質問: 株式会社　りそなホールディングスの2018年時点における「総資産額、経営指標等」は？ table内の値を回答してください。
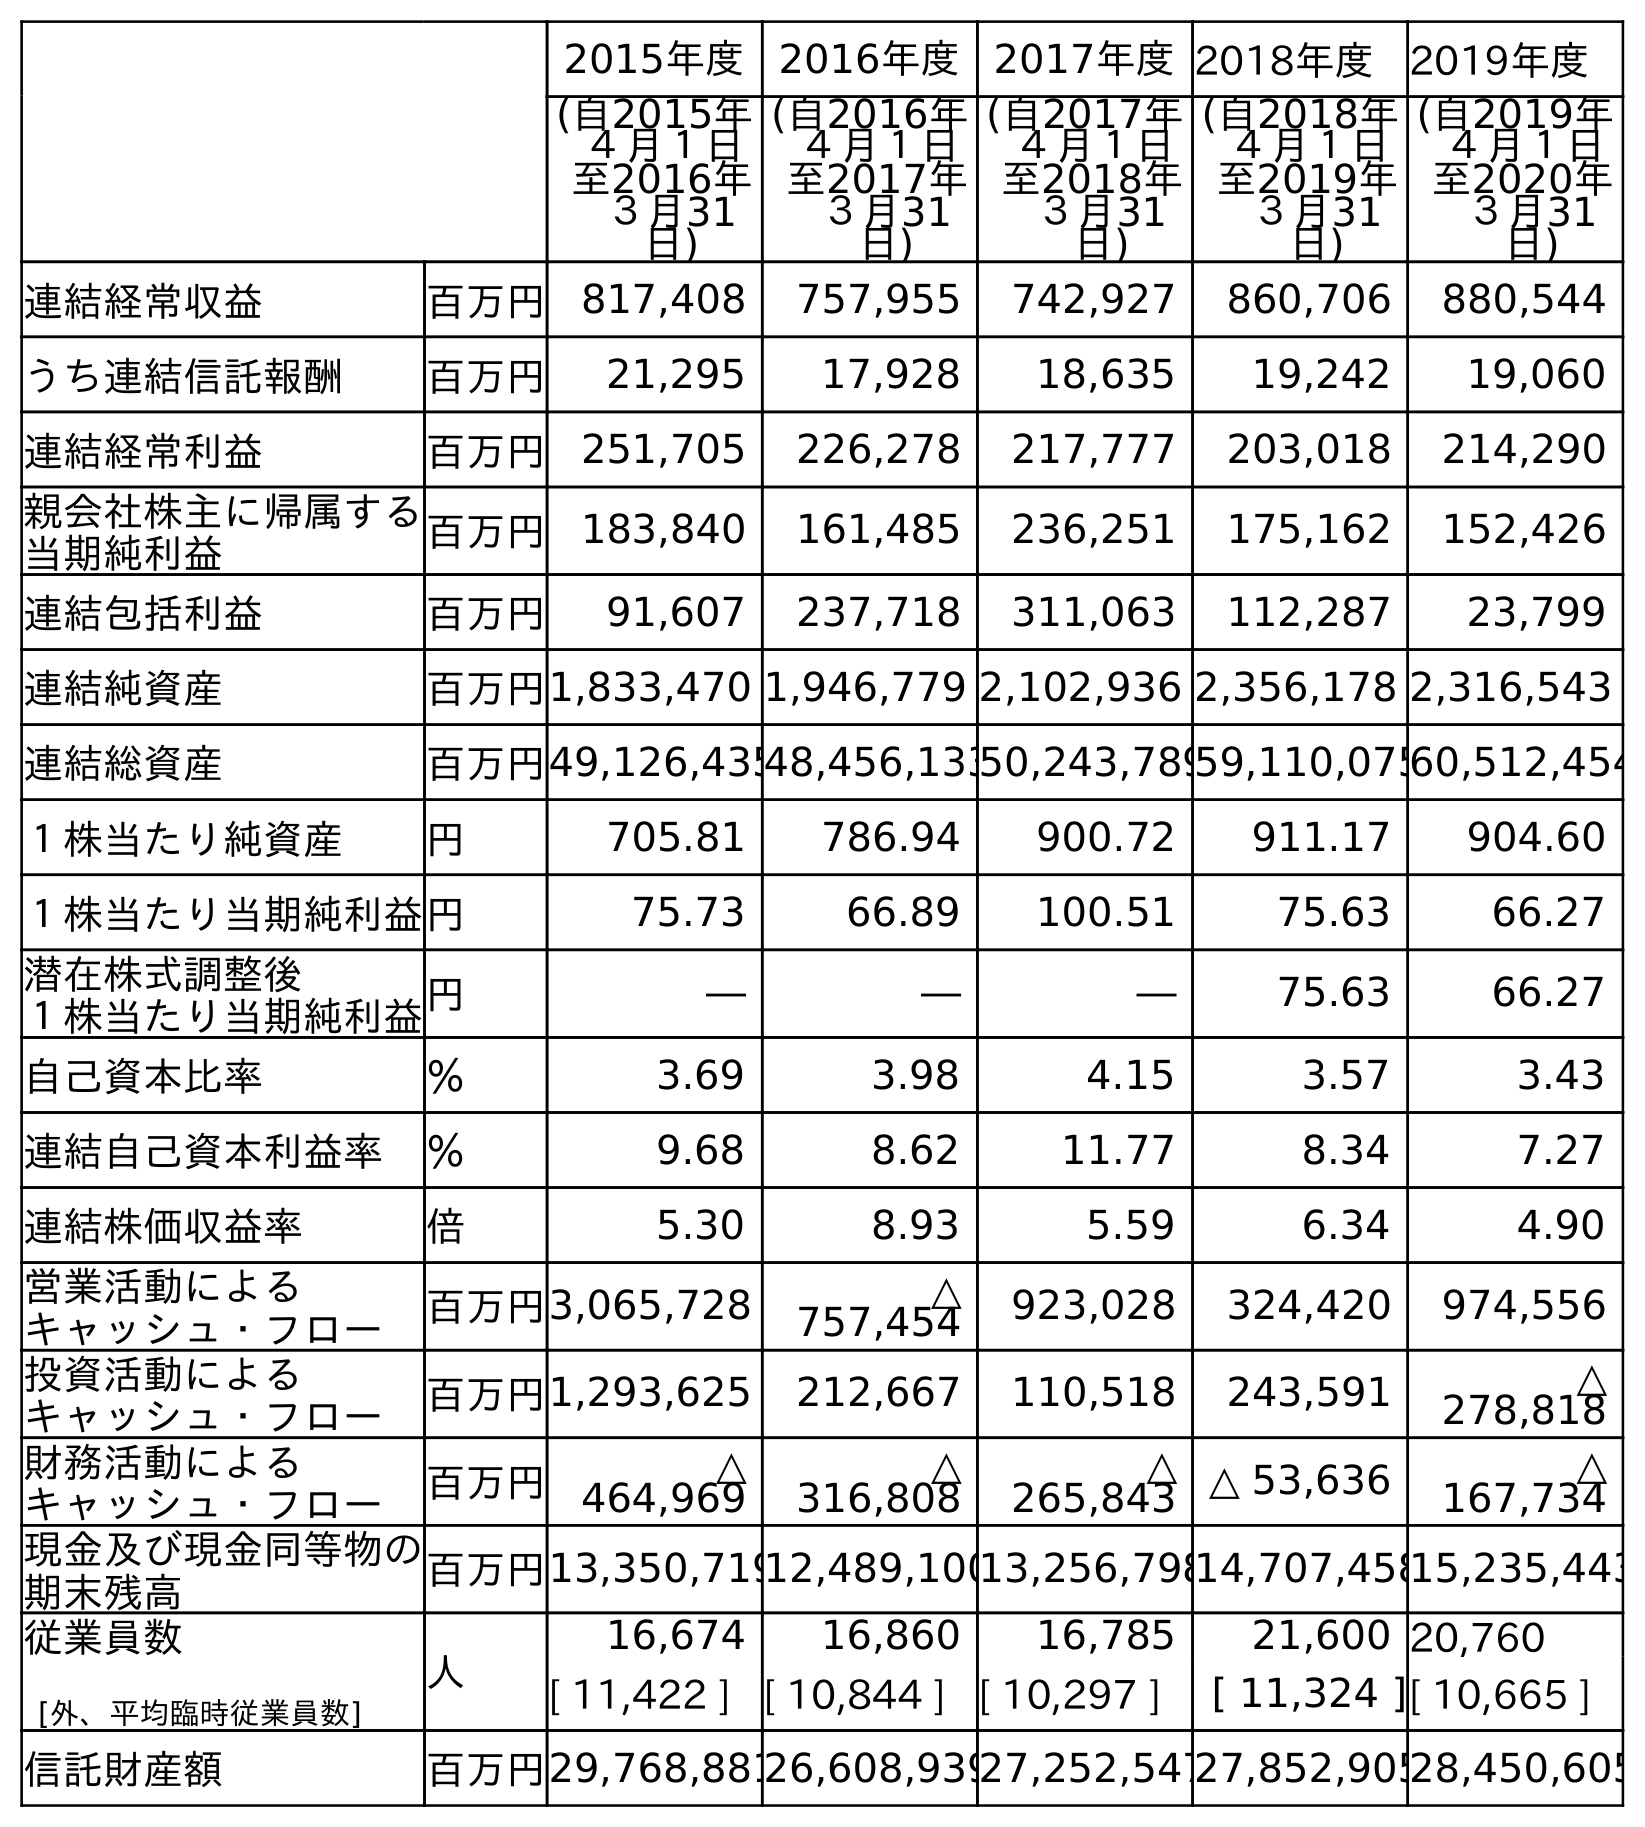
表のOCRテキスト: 2015年度 2016年度 2017年度2018年度 2019年度 (自2015年 ４月１日 至2016年 ３月31 日) (自2016年 ４月１日 至2017年 ３月31 日) (自2017年 ４月１日 至2018年 ３月31 日) (自2018年 ４月１日 至2019年 ３月31 日) (自2019年 ４月１日 至2020年 ３月31 日) 連結経常収益 百万円 817,408 757,955 742,927 860,706 880,544 うち連結信託報酬 百万円 21,295 17,928 18,635 19,242 19,060 連結経常利益 百万円 251,705 226,278 217,777 203,018 214,290 親会社株主に帰属する 当期純利益 百万円 183,840 161,485 236,251 175,162 152,426 連結包括利益 百万円 91,607 237,718 311,063 112,287 23,799 連結純資産 百万円1,833,470 1,946,779 2,102,936 2,356,178 2,316,543 連結総資産 百万円49,126,43548,456,13350,243,78959,110,07560,512,454 １株当たり純資産 円 705.81 786.94 900.72 911.17 904.60 １株当たり当期純利益円 75.73 66.89 100.51 75.63 66.27 潜在株式調整後 １株当たり当期純利益円 ― ― ― 75.63 66.27 自己資本比率 ％ 3.69 3.98 4.15 3.57 3.43 連結自己資本利益率 ％ 9.68 8.62 11.77 8.34 7.27 連結株価収益率 倍 5.30 8.93 5.59 6.34 4.90 営業活動による キャッシュ・フロー 百万円3,065,728 △ 757,454 923,028 324,420 974,556 投資活動による キャッシュ・フロー 百万円1,293,625 212,667 110,518 243,591 △ 278,818 財務活動による キャッシュ・フロー 百万円 △ 464,969 △ 316,808 △ 265,843 △ 53,636 △ 167,734 現金及び現金同等物の 期末残高 百万円13,350,71912,489,10013,256,79814,707,45815,235,443 従業員数 [外、平均臨時従業員数] 人 16,674 16,860 16,785 21,600 20,760 [ 11,422 ] [ 10,844 ] [ 10,297 ] [ 11,324 ][ 10,665 ] 信託財産額 百万円29,768,88126,608,93927,252,54727,852,90528,450,605
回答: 50,243,789